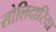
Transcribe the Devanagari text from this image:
सोलिदारिया